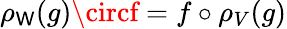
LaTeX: \rho_{\mathsf{W}}(g)\circf=f\circ\rho_{V}(g)